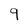
Character: 9